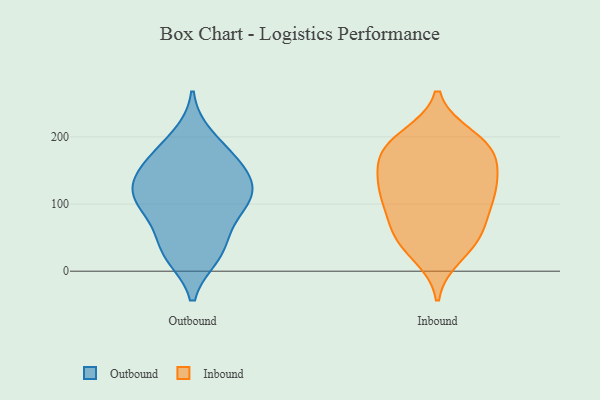
{"axis": {"x": "Net Income (USD K)", "y": "Value"}, "legend": ["Inbound", "Outbound"], "data": [{"x": "", "y": 34, "type": "Outbound"}, {"x": "", "y": 63, "type": "Outbound"}, {"x": "", "y": 26, "type": "Outbound"}, {"x": "", "y": 146, "type": "Outbound"}, {"x": "", "y": 177, "type": "Outbound"}, {"x": "", "y": 166, "type": "Outbound"}, {"x": "", "y": 133, "type": "Outbound"}, {"x": "", "y": 150, "type": "Outbound"}, {"x": "", "y": 109, "type": "Outbound"}, {"x": "", "y": 106, "type": "Outbound"}, {"x": "", "y": 200, "type": "Outbound"}, {"x": "", "y": 108, "type": "Outbound"}, {"x": "", "y": 24, "type": "Outbound"}, {"x": "", "y": 115, "type": "Outbound"}, {"x": "", "y": 91, "type": "Outbound"}, {"x": "", "y": 154, "type": "Inbound"}, {"x": "", "y": 107, "type": "Inbound"}, {"x": "", "y": 200, "type": "Inbound"}, {"x": "", "y": 183, "type": "Inbound"}, {"x": "", "y": 40, "type": "Inbound"}, {"x": "", "y": 160, "type": "Inbound"}, {"x": "", "y": 112, "type": "Inbound"}, {"x": "", "y": 187, "type": "Inbound"}, {"x": "", "y": 193, "type": "Inbound"}, {"x": "", "y": 51, "type": "Inbound"}, {"x": "", "y": 55, "type": "Inbound"}, {"x": "", "y": 177, "type": "Inbound"}, {"x": "", "y": 24, "type": "Inbound"}, {"x": "", "y": 123, "type": "Inbound"}, {"x": "", "y": 120, "type": "Inbound"}, {"x": "", "y": 69, "type": "Inbound"}, {"x": "", "y": 135, "type": "Inbound"}, {"x": "", "y": 89, "type": "Inbound"}]}